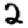
Digit: 2